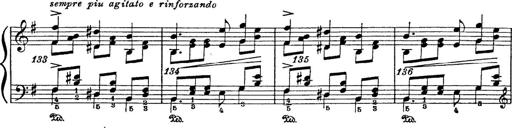
Title: 6 Polish Songs
Composer: Franz Liszt